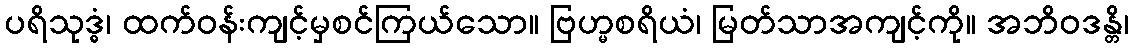
ပရိသုဒ္ဓံ၊ ထက်ဝန်းကျင့်မှစင်ကြယ်သော။ ဗြဟ္မစရိယံ၊ မြတ်သာအကျင့်ကို။ အဘိဝဒန္တိ၊